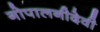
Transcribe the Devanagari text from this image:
गोपालनीदेवी